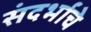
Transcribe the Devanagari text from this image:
संदर्भाचे